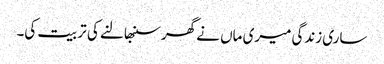
ساری زندگی میری ماں نے گھر سنبھالنے کی تربیت کی۔